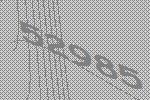
52985